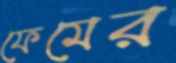
ফেমের